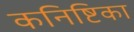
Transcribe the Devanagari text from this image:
कनिष्टिका